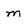
Character: m